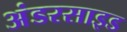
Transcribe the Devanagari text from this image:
अंडरसाइड